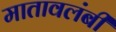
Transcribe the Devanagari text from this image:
मातावलंबी